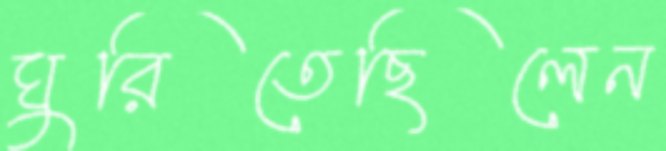
ঘুরিতেছিলেন